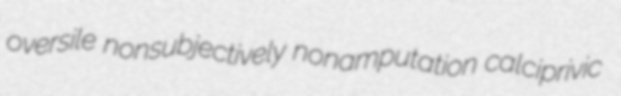
oversile nonsubjectively nonamputation calciprivic